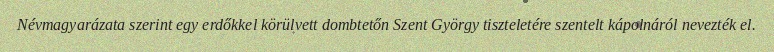
Névmagyarázata szerint egy erdőkkel körülvett dombtetőn Szent György tiszteletére szentelt kápolnáról nevezték el.